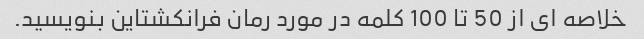
خلاصه ای از 50 تا 100 کلمه در مورد رمان فرانکشتاین بنویسید.